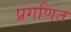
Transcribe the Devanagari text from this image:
प्रगणित